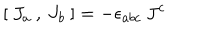
[ \: J _ { a \: } , \: J _ { b } \: ] = - \epsilon _ { a b c } \: J ^ { c }